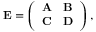
\begin{array} { r } { \mathbf { E } = \left( \begin{array} { l l } { \mathbf { A } } & { \mathbf { B } } \\ { \mathbf { C } } & { \mathbf { D } } \end{array} \right) , } \end{array}